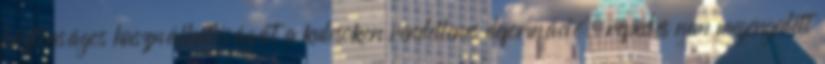
biztonságos használhatóságát a kulcsokon rendellenes deformáció, repedés nem megengedett